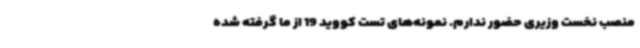
منصب نخست وزیری حضور ندارم. نمونه‌های تست کووید 19 از ما گرفته شده